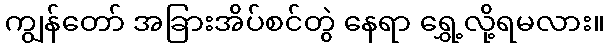
ကျွန်တော် အခြားအိပ်စင်တွဲ နေရာ ရွှေ့လို့ရမလား။